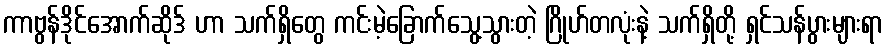
ကာဗွန်ဒိုင်အောက်ဆိုဒ် ဟာ သက်ရှိတွေ ကင်းမဲ့ခြောက်သွေ့သွားတဲ့ ဂြိုဟ်တလုံးနဲ့ သက်ရှိတို့ ရှင်သန်ပွားများရာ